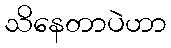
သိနေတာပဲဟာ